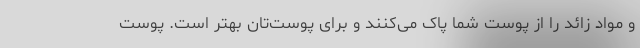
و مواد زائد را از پوست شما پاک می‌کنند و برای پوست‌تان بهتر است. پوست